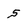
Character: 5